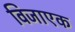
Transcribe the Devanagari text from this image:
विजाएक